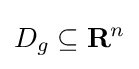
D_{g}\subseteq \mathbf {R} ^{n}